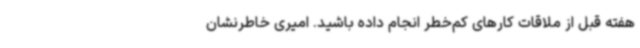
هفته قبل از ملاقات کارهای کم‌خطر انجام داده باشید. امیری خاطرنشان